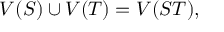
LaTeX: V ( S ) \cup V ( T ) = V ( S T ) ,